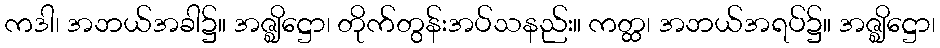
ကဒါ၊ အဘယ်အခါ၌။ အဇ္ဈိဋ္ဌော၊ တိုက်တွန်းအပ်သနည်း။ ကတ္ထ၊ အဘယ်အရပ်၌။ အဇ္ဈိဋ္ဌော၊